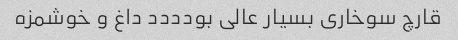
قارچ سوخاری بسیار عالی بودددد داغ و خوشمزه